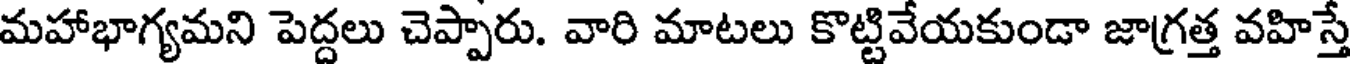
మహాభాగ్యమని పెద్దలు చెప్పారు. వారి మాటలు కొట్టివేయకుండా జాగ్రత్త వహిస్తే